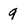
Character: 9